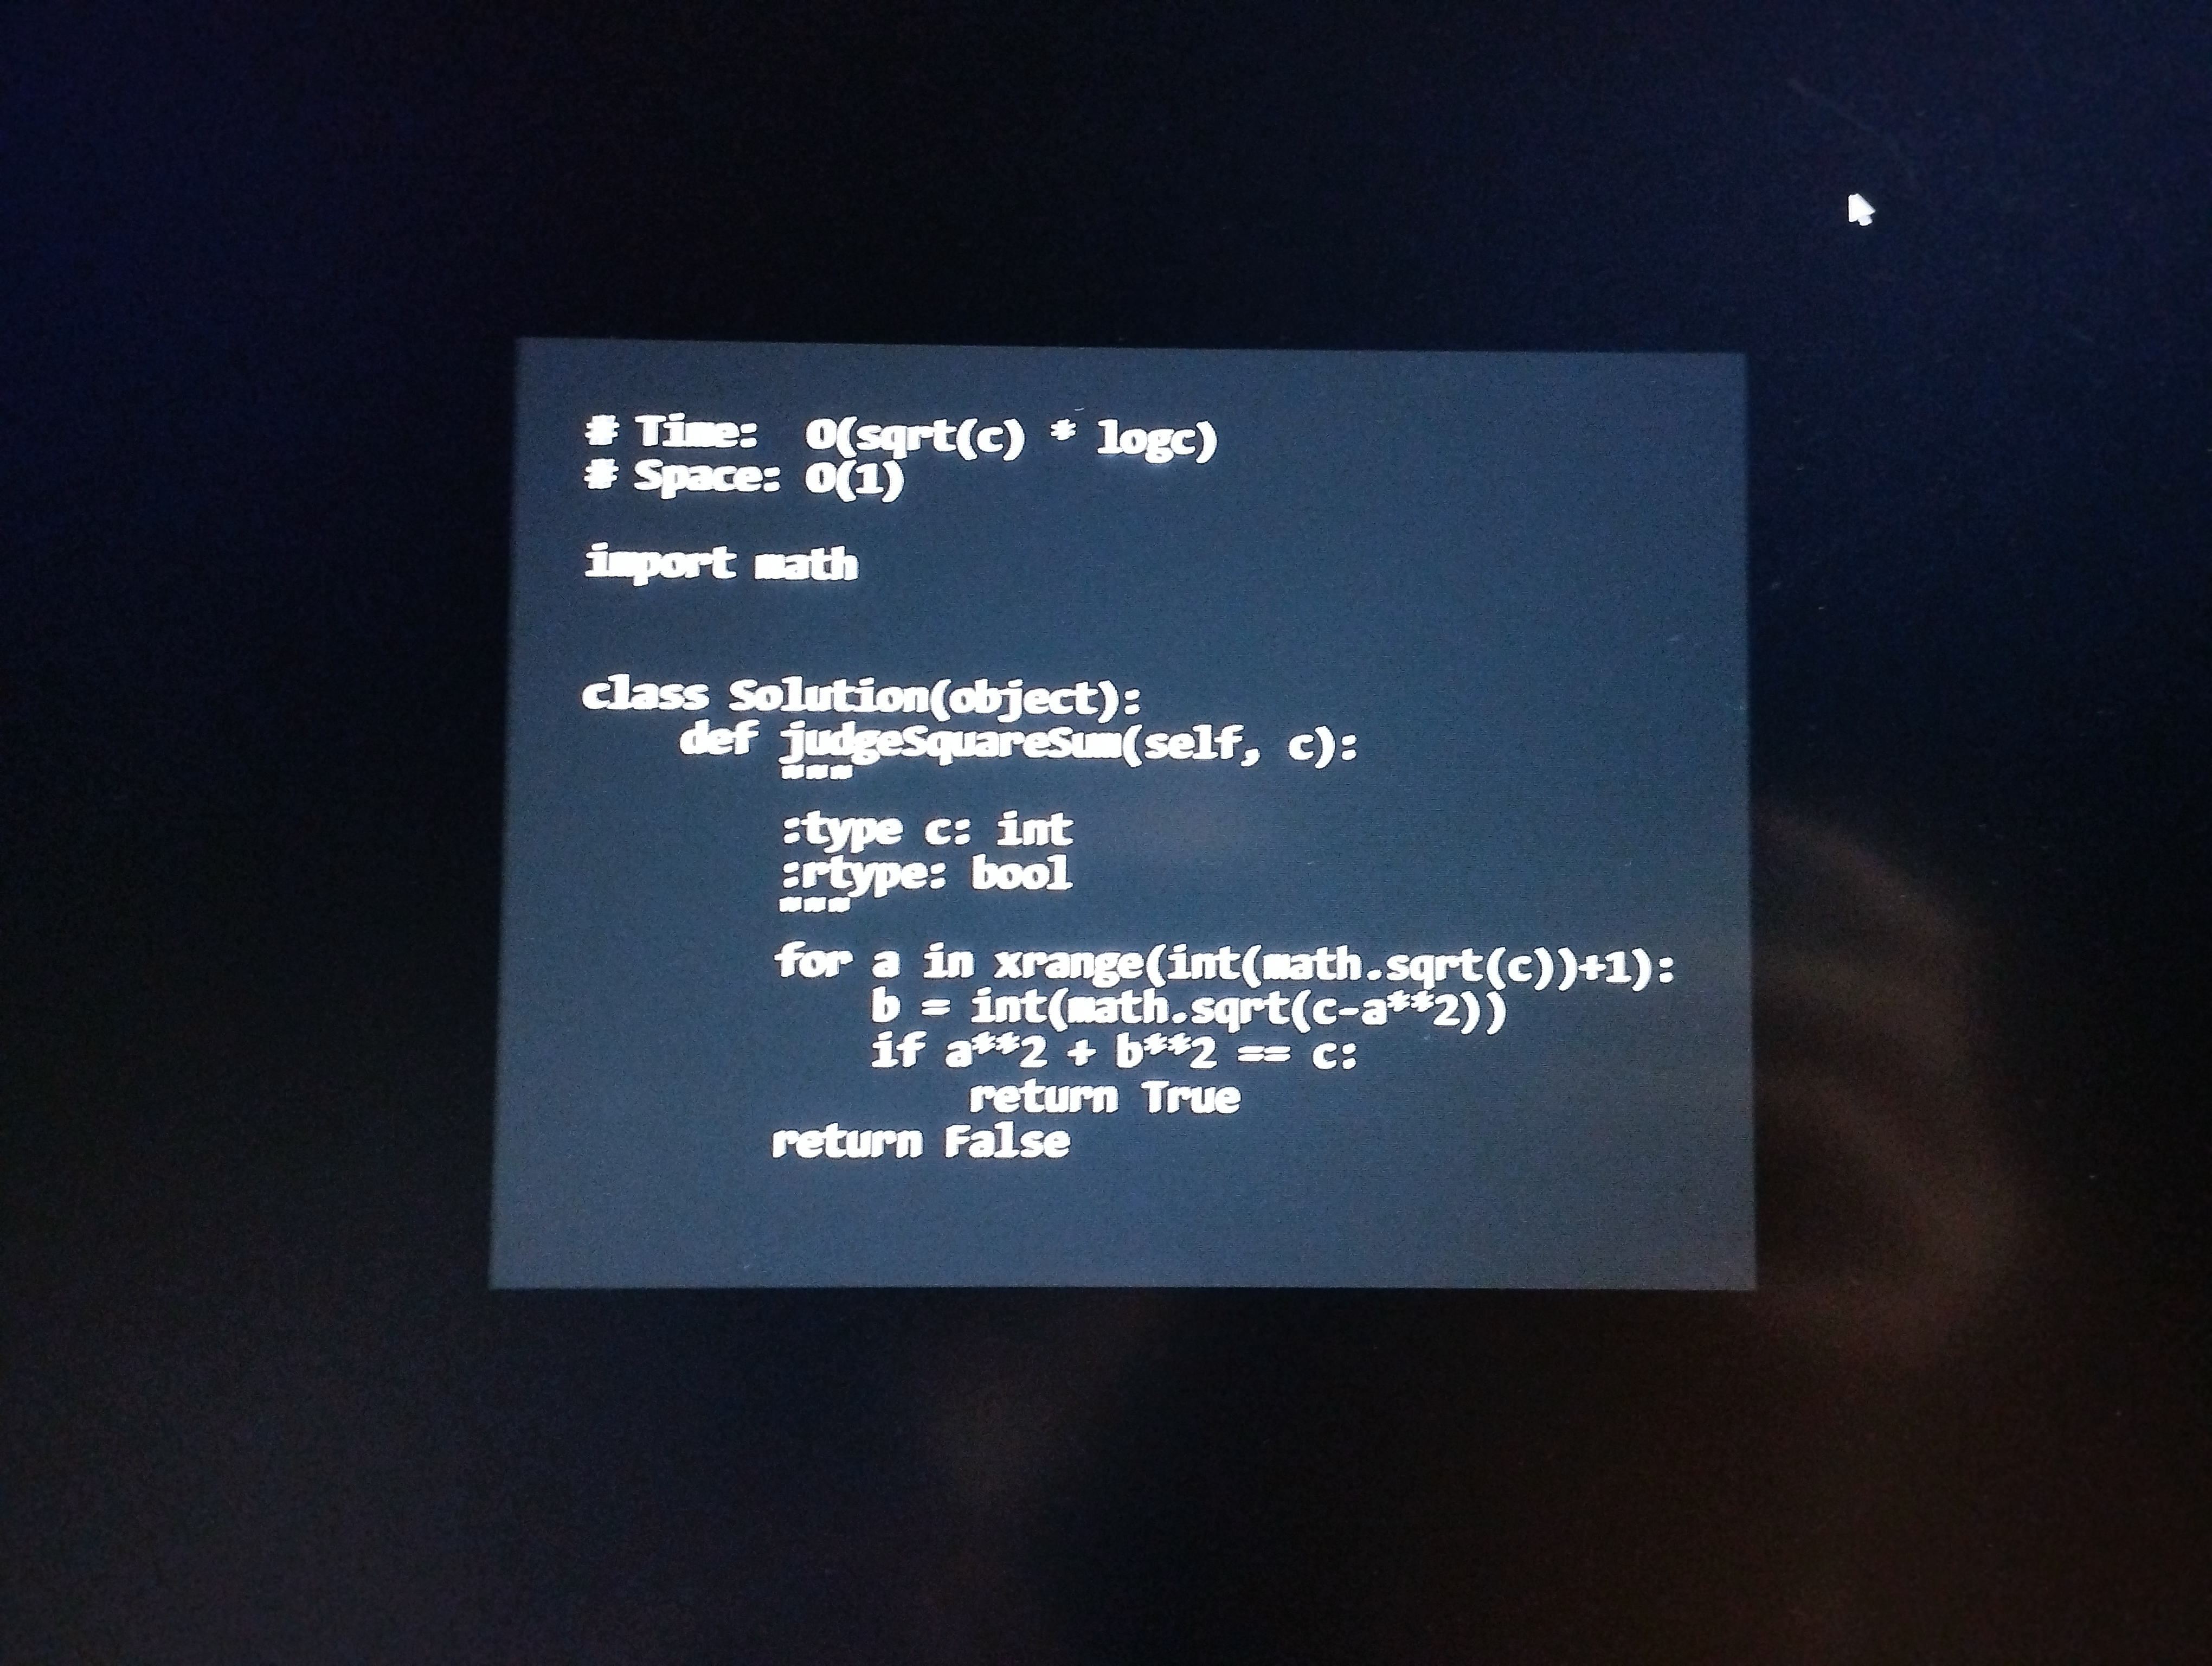
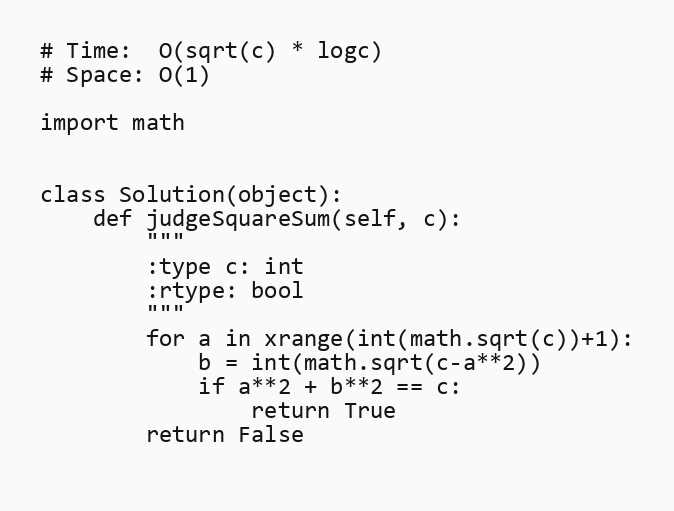
# Time:  O(sqrt(c) * logc)
# Space: O(1)

import math

class Solution(object):
    def judgeSquareSum(self, c):
        """
        :type c: int
        :rtype: bool
        """
        for a in xrange(int(math.sqrt(c))+1):
            b = int(math.sqrt(c-a**2))
            if a**2 + b**2 == c:
                return True
        return False